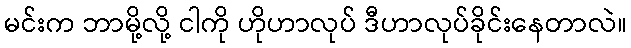
မင်းက ဘာမို့လို့ ငါကို ဟိုဟာလုပ် ဒီဟာလုပ်ခိုင်းနေတာလဲ။